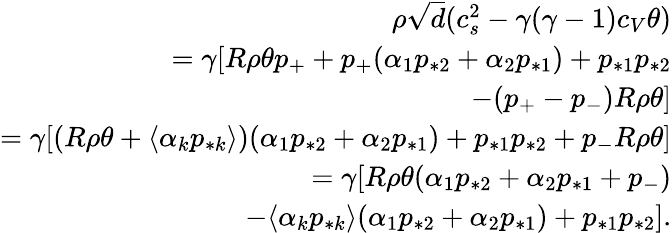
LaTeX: \begin{array}{r}{\rho\sqrt{d}(c_{s}^{2}-\gamma(\gamma-1)c_{V}\theta)}\\ {=\gamma[R\rho\theta p_{+}+p_{+}(\alpha_{1}p_{*2}+\alpha_{2}p_{*1})+p_{*1}p_{*2}}\\ {-(p_{+}-p_{-})R\rho\theta]}\\ {=\gamma[(R\rho\theta+\langle\alpha_{k}p_{*k}\rangle)(\alpha_{1}p_{*2}+\alpha_{2}p_{*1})+p_{*1}p_{*2}+p_{-}R\rho\theta]}\\ {=\gamma[R\rho\theta(\alpha_{1}p_{*2}+\alpha_{2}p_{*1}+p_{-})}\\ {-\langle\alpha_{k}p_{*k}\rangle(\alpha_{1}p_{*2}+\alpha_{2}p_{*1})+p_{*1}p_{*2}].}\end{array}